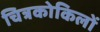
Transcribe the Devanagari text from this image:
चित्रकोकिलों